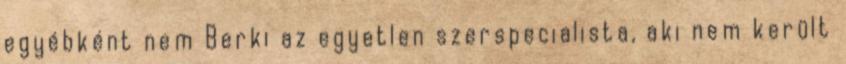
egyébként nem Berki az egyetlen szerspecialista, aki nem került